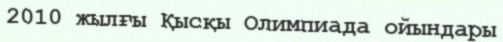
2010 жылғы Қысқы Олимпиада ойындары